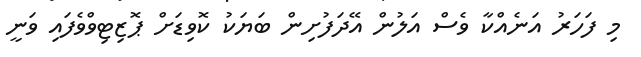
މި ފަހަރު އަނެއްކާ ވެސް އަލުން އޭދަފުށިން ބަޔަކު ކޮވިޑަށް ޕޮޒިޓިވްވެފައި ވަނީ